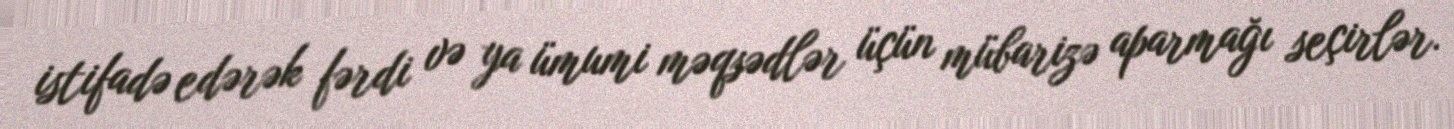
istifadə edərək fərdi və ya ümumi məqsədlər üçün mübarizə aparmağı seçirlər.